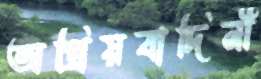
অপ্রিয়বাদিনী